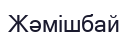
Жәмішбай